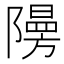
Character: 𮥧